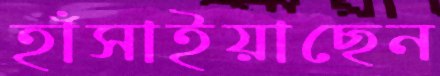
হাঁসাইয়াছেন